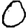
Digit: 0